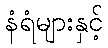
နံရံများနှင့်